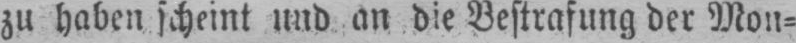
zu haben scheint und an die Bestrafung der Mon⸗